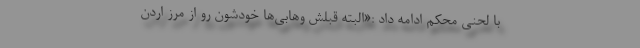
با لحنی محکم ادامه داد :«البته قبلش وهابی‌ها خودشون رو از مرز اردن